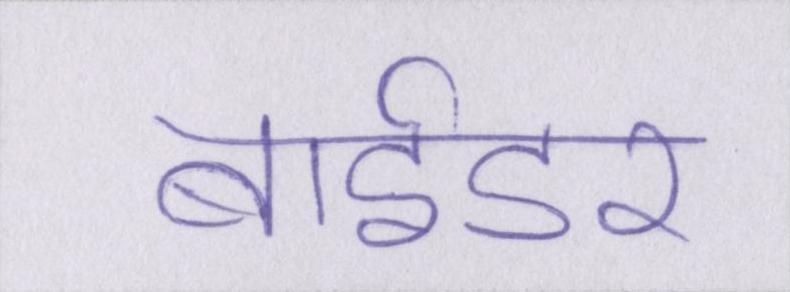
बाईडर